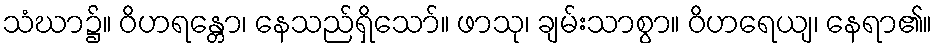
သံဃာ၌။ ဝိဟရန္တော၊ နေသည်ရှိသော်။ ဖာသု၊ ချမ်းသာစွာ။ ဝိဟရေယျ၊ နေရာ၏။